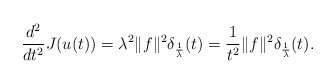
\begin{align*}\frac{d^2}{dt^2} J(u(t)) = \lambda^2 \Vert f \Vert^2 \delta_{\frac{1}\lambda}(t) = \frac{1}{t^2} \Vert f \Vert^2 \delta_{\frac{1}\lambda}(t) .\end{align*}